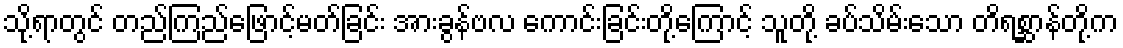
သို့ရာတွင် တည်ကြည်ဖြောင့်မတ်ခြင်း အားခွန်ဗလ ကောင်းခြင်းတို့ကြောင့် သူတို့ ခပ်သိမ်းသော တိရစ္ဆာန်တို့က